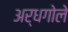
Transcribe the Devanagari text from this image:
अर्धगोले